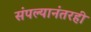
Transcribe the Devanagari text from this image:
संपल्यानंतरही